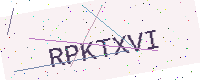
Text: RPKTXVI